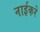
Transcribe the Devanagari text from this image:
नाईकरे